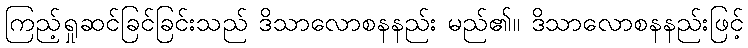
ကြည့်ရှုဆင်ခြင်ခြင်းသည် ဒိသာလောစနနည်း မည်၏။ ဒိသာလောစနနည်းဖြင့်